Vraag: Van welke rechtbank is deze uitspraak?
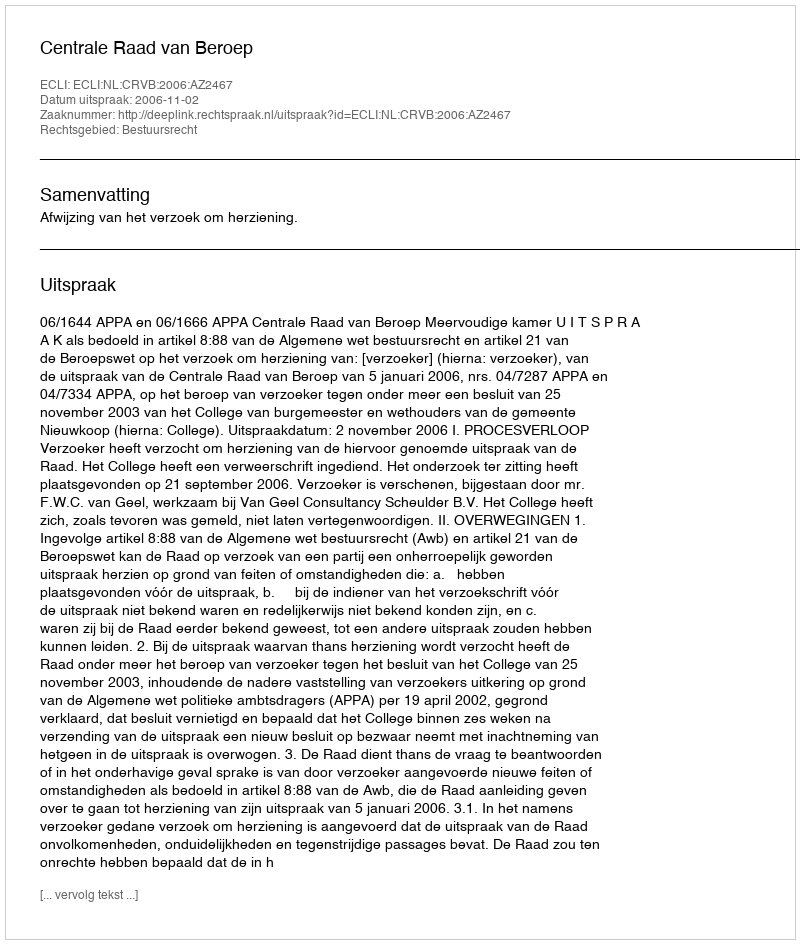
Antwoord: Centrale Raad van Beroep